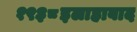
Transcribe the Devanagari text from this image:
१९३८इलाहाबाद